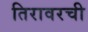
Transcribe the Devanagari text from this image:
तिरावरची